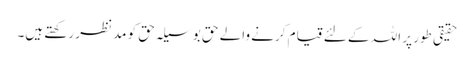
حقیقی طور پر اللہ کے لئے قیام کرنے والے حق بوسیلہ حق کو مدنظر رکھتے ہیں۔